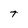
Character: t